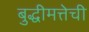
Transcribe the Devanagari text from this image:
बुद्धीमत्तेची